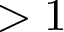
> 1